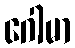
ဂေါမာ